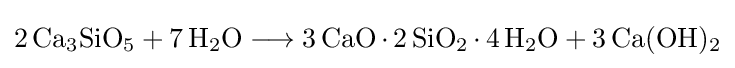
{2\,\mathrm {Ca} {\vphantom {A}}_{\smash[{t}]{3}}\mathrm {SiO} {\vphantom {A}}_{\smash[{t}]{5}}{}+{}7\,\mathrm {H} {\vphantom {A}}_{\smash[{t}]{2}}\mathrm {O} {}\mathrel {\longrightarrow } {}3\,\mathrm {CaO} \,{\cdot }\,2\,\mathrm {SiO} {\vphantom {A}}_{\smash[{t}]{2}}\,{\cdot }\,4\,\mathrm {H} {\vphantom {A}}_{\smash[{t}]{2}}\mathrm {O} {}+{}3\,\mathrm {Ca} (\mathrm {OH} ){\vphantom {A}}_{\smash[{t}]{2}}}